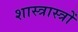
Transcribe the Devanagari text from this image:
शास्त्रास्त्रों